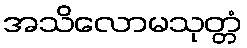
အသိလောမသုတ္တံ